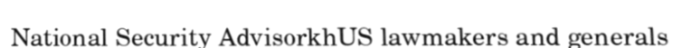
National Security AdvisorkhUS lawmakers and generals